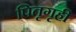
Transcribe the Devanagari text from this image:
पितृगृही